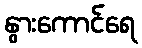
နွားကောင်ရေ